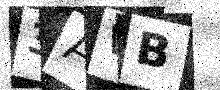
Text: 3AWB